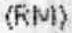
(RM)